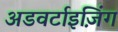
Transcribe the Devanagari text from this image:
अडवर्टाइज़िंग